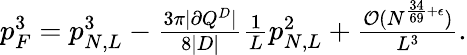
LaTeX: \begin{array}{r}{p_{F}^{3}=p_{N,L}^{3}-\frac{3\pi|\partial Q^{D}|}{8|D|}\frac{1}{L}p_{N,L}^{2}+\frac{\mathcal{O}(N^{\frac{34}{69}+\epsilon})}{L^{3}}.}\end{array}